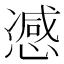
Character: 𢠔